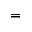
=